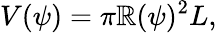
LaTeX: V(\psi)=\pi\mathbb{R}(\psi)^{2}L,